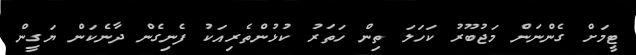
ޓީމަށް ގެންނަން މަޖުބޫރު ކަހަލަ ތިން ހަތަރު ކުޅުންތެރިއަކު ފެނިގެން ދާނެކަން ޔަގީން